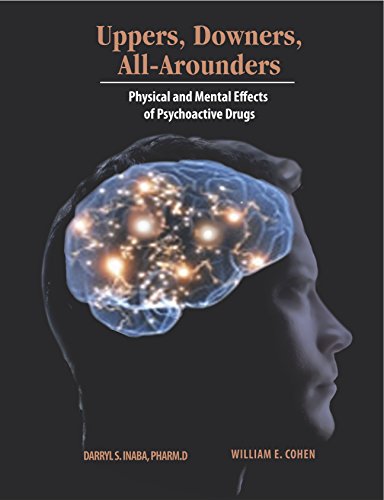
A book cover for Uppers, Downers, and All Arounders; Darryl S Inaba; Medical Books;